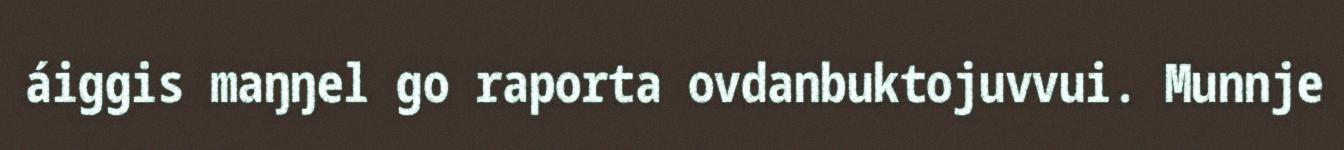
áiggis maŋŋel go raporta ovdanbuktojuvvui. Munnje